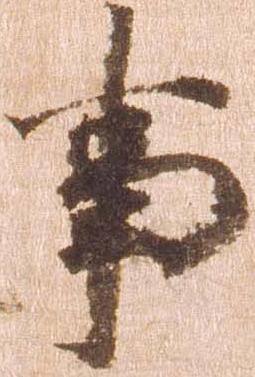
事